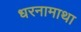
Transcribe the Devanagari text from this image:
धरनामाथा